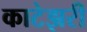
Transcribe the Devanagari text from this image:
काटेझरी